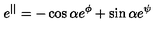
e ^ { | | } = - \cos \alpha e ^ { \phi } + \sin \alpha e ^ { \psi }